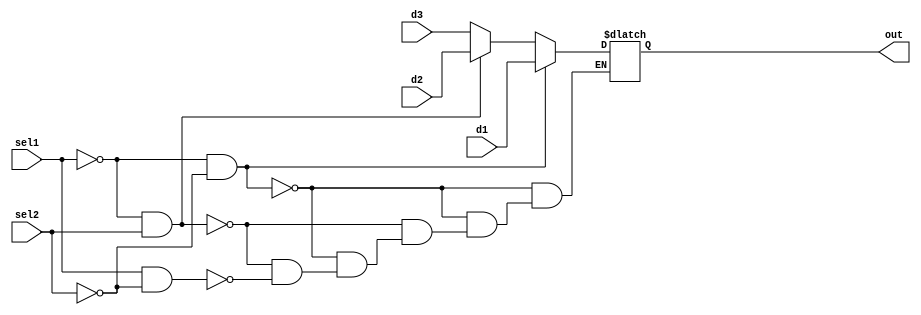
`timescale 1ns / 1ps
//////////////////////////////////////////////////////////////////////////////////
// Company: 
// Engineer: 
// 
// Design Name: 
// Module Name: 8bitmux
// Project Name: 
// Target Devices: 
// Tool Versions: 
// Description: 
// 
// Dependencies: 
// 
// Revision:
// Revision 0.01 - File Created
// Additional Comments:
// 
//////////////////////////////////////////////////////////////////////////////////


module eightbitmux(d1,d2,d3,/*d4*/sel1, sel2, out);
    input [7:0] d1;
    input [7:0] d2;
    input [7:0] d3;
    //input [31:0] d4;
    input sel1, sel2; 
    //input [1:0] sel;
    
    output reg [7:0] out;
    
always@ (d1, d2, d3, sel1, sel2)
begin
    if (sel1 == 0 && sel2 == 0)//00
        out = d1;
    else if (sel1 ==0 && sel2 == 1)//01
        out = d2;
    else if (sel1 == 1 && sel2 == 0)//10
        out = d3;
    /*else if (sel1 == 1 && sel2 == 1)//11
        out = d4;*/
end
endmodule